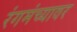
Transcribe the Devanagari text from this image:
रंगमंच्यावर